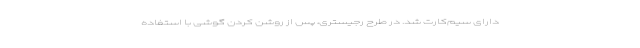
دارای سیم‌کارت شد. در طرح رجیستری، پس از روشن کردن گوشی با استفاده